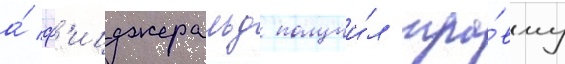
а́ ф'ицджеральд получи́л тра́вму